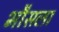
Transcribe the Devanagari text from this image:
भौसला